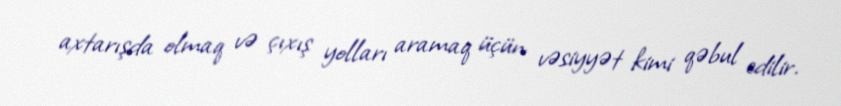
axtarışda olmaq və çıxış yolları aramaq üçün vəsiyyət kimi qəbul edilir.